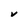
Character: V